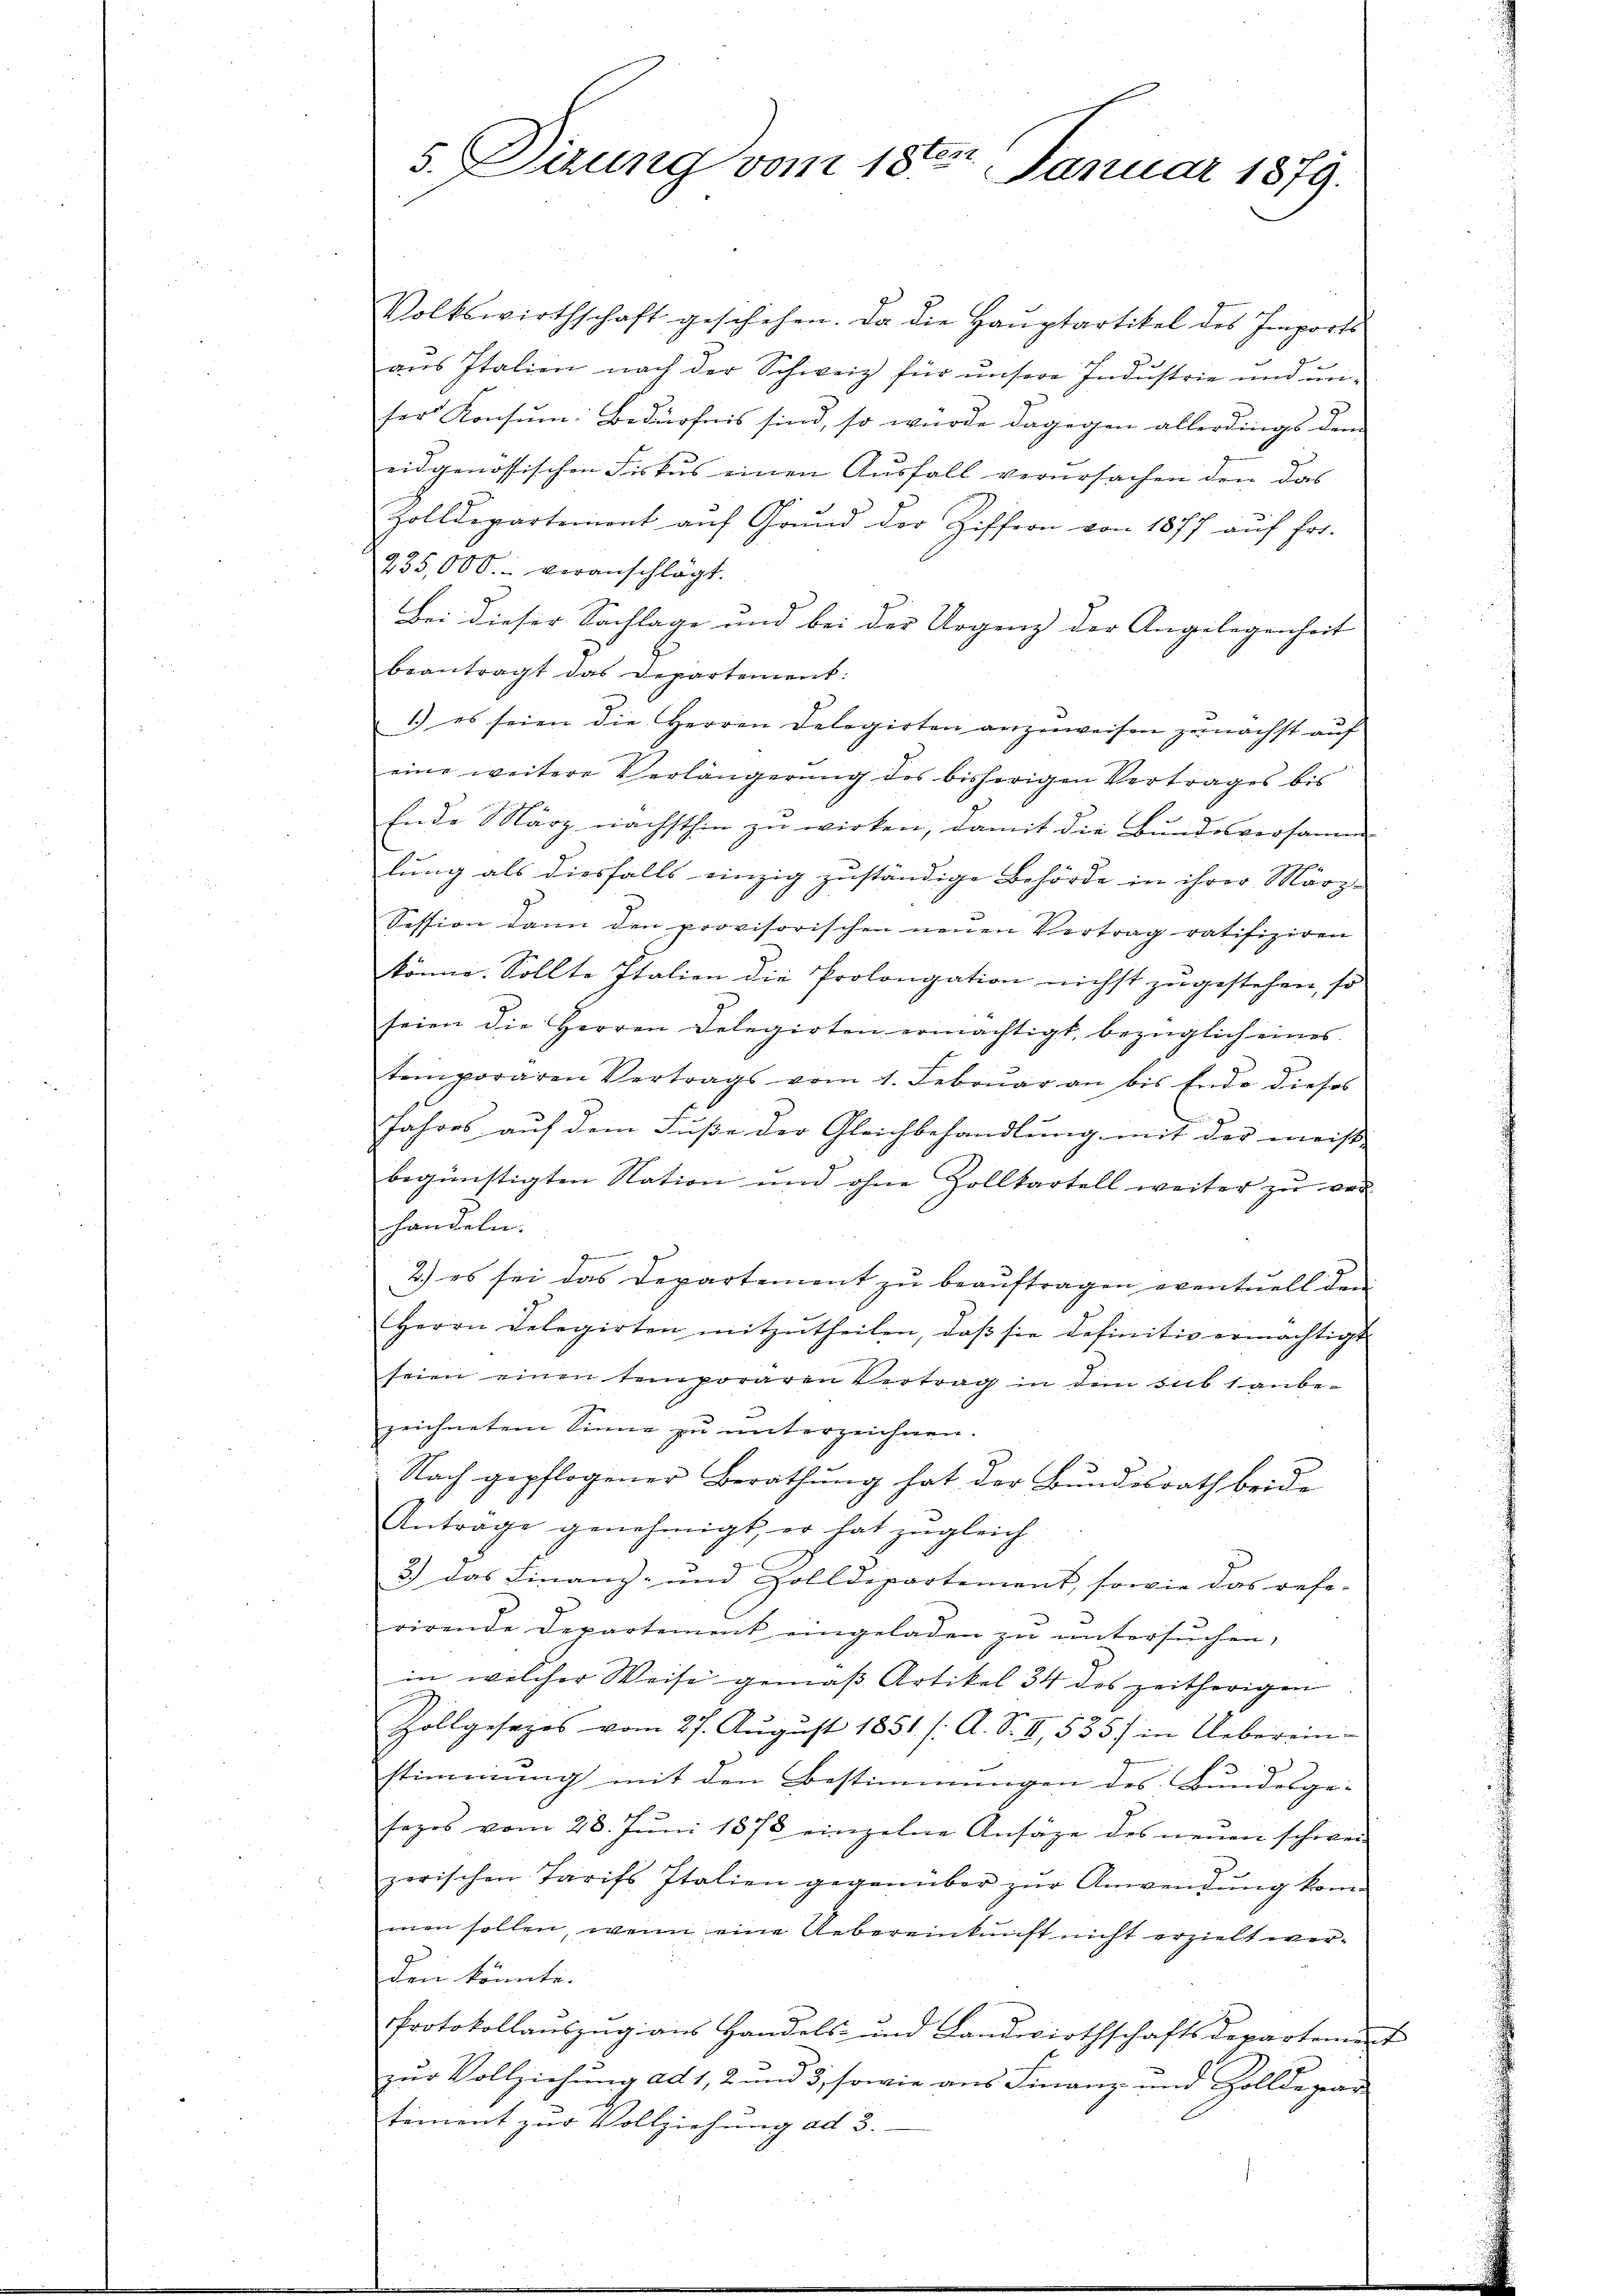
5. Dirung vom 18ten Januar 1879.

Volkswirthschaft geschehen. Da die Haŭptartikel des Imports
aus Italien nach der Schweiz für unsere Industrie und un-
ser Konsum: Bedürfnis sind, so wurde dagegen allerdings dem
eidgenössischen Fiskus einen Ausfall verursachen den das
Zolldepartement auf Grund der Ziffern von 1877 auf fr.
235,000. veranschlagt.
Bei dieser Sachlage und bei der Urgenz der Angelegenheit
beantragt das Departement:
1.) es seien die Herren Delegirten anzuweisen zunächst auf
eine weitere Verlängerŭng des bisherigen Vertrages bis
Ende März nächsthin zu wirken, damit die Bundesversamm
lung als diesfalls einzig zuständige Behörde in ihrer März-
Session dann den provisorischen neuen Vertrag ratifiziren
könne. Sollte Italien die Prolongation nichst zugestehen, so
seien die Herren Delegirten ermächtigt, bezüglich eines
temporären Vertrags vom 1. Febrŭar an bis Ende dieses
Jahres auf dem Fuße der Gleichbehandlung mit der meist-
begünstigten Nation und ohne Zollkartell weiter zŭ ver-
handeln.
g
2.) es sei das Departement zu beauftragen eventuell den
Herrn Delegirten mitzŭtheilen, daβ sie definitiv ermächtigt
i
2
seien einen temporären Vertrag in dem sub 1 anbezeichnetem Sinne zŭ ŭnterzeichnen.
Nach gepflogener Berathung hat der Bundesrath beide
Anträge genehmigt, er hat zugleich
3.) Das Finanz- und Zolldepartement, sowie das refe-
rirende Departement eingeladen zŭ ŭntersŭchen,
in welcher Weise gemäß Artikel 34 des zeitherigen
Zollgesezes vom 27. Aŭgŭst 1851. /: A. S. II., 535) in Ueberein
stimmung mit den Bestimmungen des Bundesge-
sezes vom 28. Jŭni 1878 einzelne Ansäge des neŭen schwei
zerischen Tarifs Italien gegenüber zur Anwendung kom-
men sollen, wenn eine Uebereinkunft nicht erzielt werden könnte.
Protokollauszug aus Handels- und Landwirthschaftsdepartement
zur Vollziehung ad 1, 2 und 3, sowie aus Finanz und Zolldepar
tement zur Vollziehung ad 3.